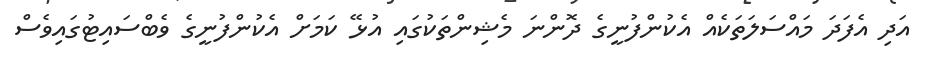
އަދި އެފަދަ މައްސަލަތަކެއް އެކުންފުނީގެ ދޮންނަ މެޝިންތަކުގައި އުޅޭ ކަމަށް އެކުންފުނީގެ ވެބްސައިޓުގައިވެސް